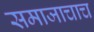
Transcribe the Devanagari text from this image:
समाजाचाच